Plague in India, 1896, 1897 - Volume 3
Year: 1896
Disease focus: Plague
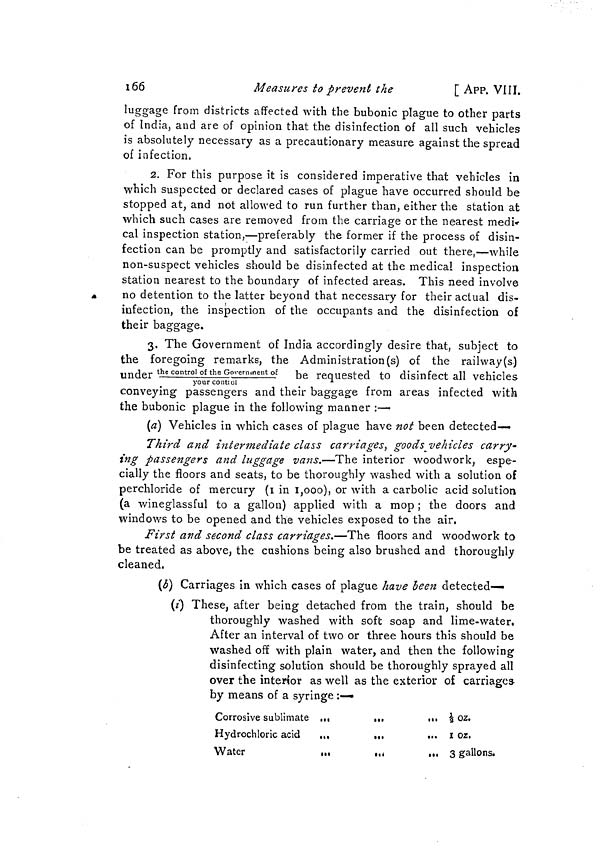
166
Measures to prevent the
[ APP. VIII.
luggage from districts affected with the bubonic plague to other parts
of India, and are of opinion that the disinfection of all such vehicles
is absolutely necessary as a precautionary measure against the spread
of infection.
2. For this purpose it is considered imperative that vehicles in
which suspected or declared cases of plague have occurred should be
stopped at, and not allowed to run further than, either the station at
which such cases are removed from the carriage or the nearest medi-
cal inspection station,—preferably the former if the process of disin-
fection can be promptly and satisfactorily carried out there,—while
non-suspect vehicles should be disinfected at the medical inspection
station nearest to the boundary of infected areas. This need involve
no detention to the latter beyond that necessary for their actual dis-
infection, the inspection of the occupants and the disinfection of
their baggage.
3. The Government of India accordingly desire that, subject to
the foregoing remarks, the Administration (s) of the railway(s)
under the control of the Government of be requested to disinfect all vehicles
your control
conveying passengers and their baggage from areas infected with
the bubonic plague in the following manner :—
(a) Vehicles in which cases of plague have not been detected—
Third and intermediate class carriages, goods, vehicles carry-
ing passengers and luggage vans.—The interior woodwork, espe-
cially the floors and seats, to be thoroughly washed with a solution of
perchloride of mercury (1 in 1,000), or with a carbolic acid solution
(a wineglassful to a gallon) applied with a mop ; the doors and
windows to be opened and the vehicles exposed to the air,
First and second class carriages.—The floors and woodwork to
be treated as above, the cushions being also brushed and thoroughly
cleaned.
(b) Carriages in which cases of plague have been detected—
(i) These, after being detached from the train, should be
thoroughly washed with soft soap and lime-water.
After an interval of two or three hours this should be
washed off with plain water, and then the following
disinfecting solution should be thoroughly sprayed all
over the interior as well as the exterior of carriages
by means of a syringe :—
Corrosive sublimate
Hydrochloric acid
Water
•••
•••
•••I
•••I
•••
•••
•••
•••
•••
½ oz.
1 OZ.
3 gallons.